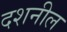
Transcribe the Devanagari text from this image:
दशनील